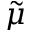
\tilde { \mu }